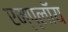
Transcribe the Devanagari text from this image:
एम्प्लॉय